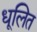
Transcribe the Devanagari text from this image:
धूलित